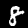
Digit: 8